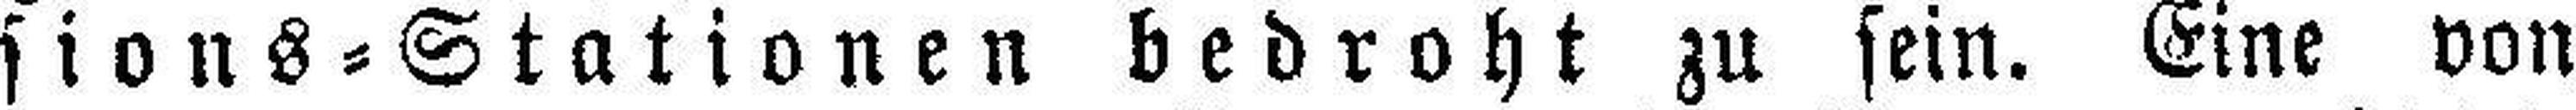
sions=Stationen bedroht zu sein. Eine von